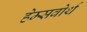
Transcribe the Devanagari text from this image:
हेम्सवोर्थ